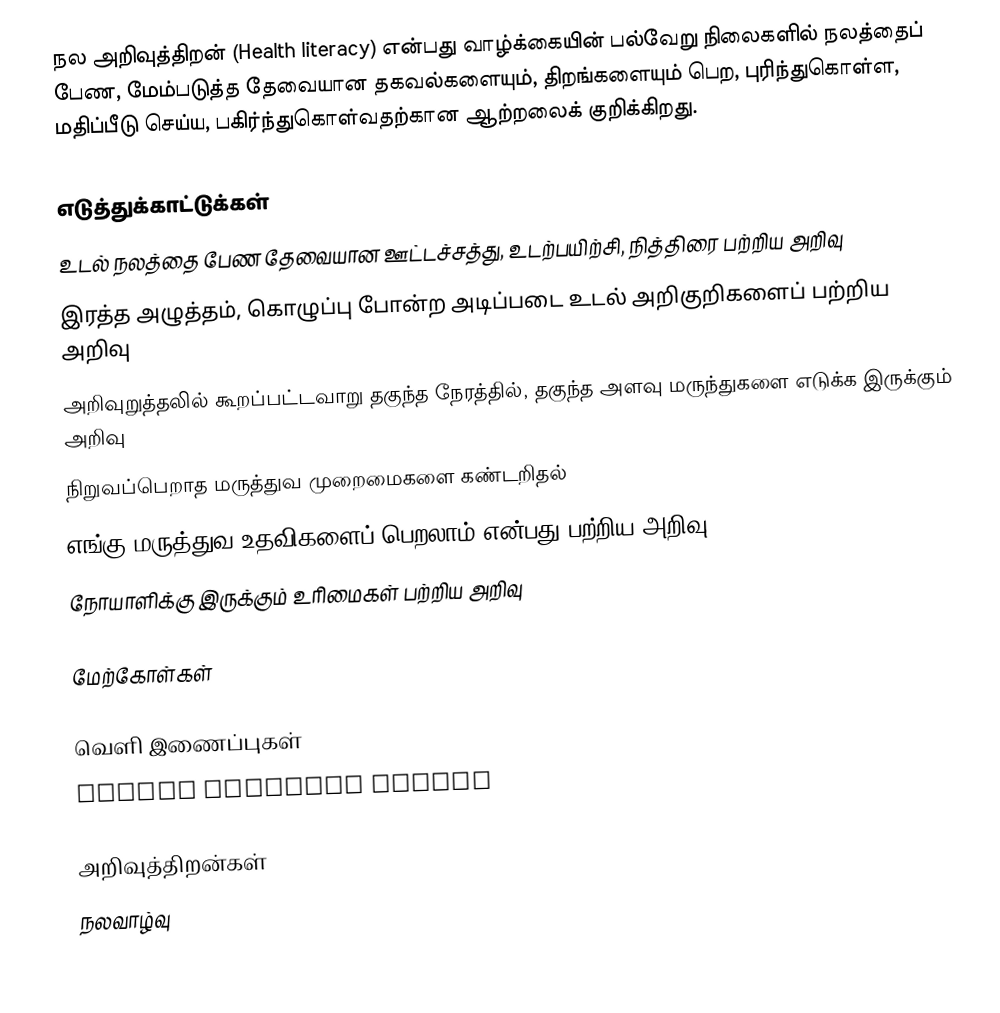
நல அறிவுத்திறன் (Health literacy) என்பது வாழ்க்கையின் பல்வேறு நிலைகளில் நலத்தைப் பேண, மேம்படுத்த தேவையான தகவல்களையும், திறங்களையும் பெற, புரிந்துகொள்ள, மதிப்பீடு செய்ய, பகிர்ந்துகொள்வதற்கான ஆற்றலைக் குறிக்கிறது.

எடுத்துக்காட்டுக்கள்
 உடல் நலத்தை பேண தேவையான ஊட்டச்சத்து, உடற்பயிற்சி, நித்திரை பற்றிய அறிவு
 இரத்த அழுத்தம், கொழுப்பு போன்ற அடிப்படை உடல் அறிகுறிகளைப் பற்றிய அறிவு
 அறிவுறுத்தலில் கூறப்பட்டவாறு தகுந்த நேரத்தில், தகுந்த அளவு மருந்துகளை எடுக்க இருக்கும் அறிவு
 நிறுவப்பெறாத மருத்துவ முறைமைகளை கண்டறிதல்
 எங்கு மருத்துவ உதவிகளைப் பெறலாம் என்பது பற்றிய அறிவு
 நோயாளிக்கு இருக்கும் உரிமைகள் பற்றிய அறிவு

மேற்கோள்கள்

வெளி இணைப்புகள்
 Health Literacy Portal

அறிவுத்திறன்கள்
நலவாழ்வு